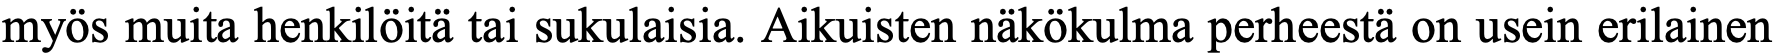
myös muita henkilöitä tai sukulaisia. Aikuisten näkökulma perheestä on usein erilainen